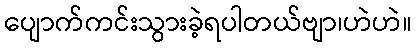
ပျောက်ကင်းသွားခဲ့ရပါတယ်ဗျာ၊ဟဲဟဲ။